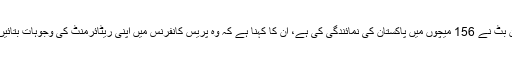
عمران بٹ نے 156 میچوں میں پاکستان کی نمائندگی کی ہے، ان کا کہنا ہے کہ وہ پریس کانفرنس میں اپنی ریٹائرمنٹ کی وجوہات بتائیں گے۔